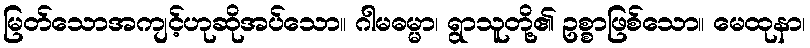
မြတ်သောအကျင့်ဟုဆိုအပ်သော။ ဂါမဓမ္မာ၊ ရွာသူတို့၏ ဥစ္စာဖြစ်သော။ မေထုနာ၊